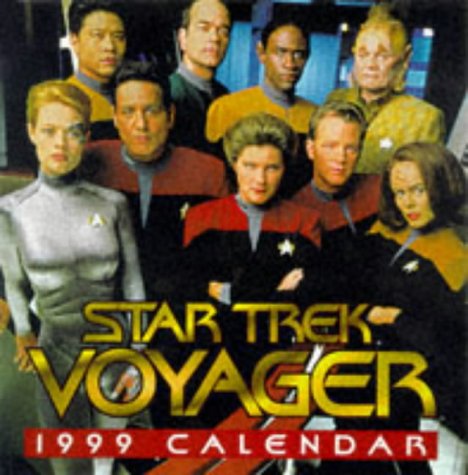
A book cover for STAR TREK VOYAGER 1999 CALENDAR; D.A. Stern; Calendars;